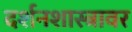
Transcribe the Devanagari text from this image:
दर्शनशास्त्रावर